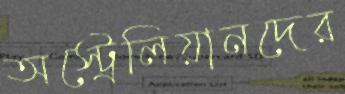
অস্ট্রেলিয়ানদের